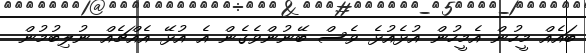
ބައެއް މީހުން އެމީހުން އުޅެއުޅެ ވެސް ބޭނުންވެގެން އެ އުޅޭ އެއްޗެއް ނުލިބުމުން